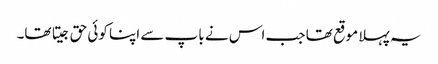
یہ پہلا موقع تھا جب اس نے باپ سے اپنا کوئی حق جیتا تھا۔